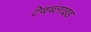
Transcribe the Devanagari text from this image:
टेबब्लाइड